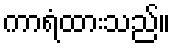
ကာရံထားသည်။